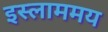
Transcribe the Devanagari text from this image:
इस्लाममय